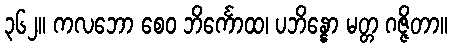
၃၆၂။ ကလဘော စေဝ ဘိင်္ကောထ၊ ပဘိန္နော မတ္တ ဂဇ္ဇိတာ။